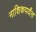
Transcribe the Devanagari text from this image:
नाशिकपर्यंत